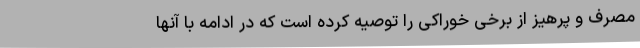
مصرف و پرهیز از برخی خوراکی را توصیه کرده است که در ادامه با آنها